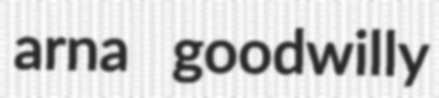
arna goodwilly